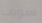
سوف